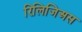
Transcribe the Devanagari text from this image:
रिलिजिअस